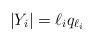
LaTeX: \begin{align*}|Y_i| = \ell_i q_{\ell_i}\end{align*}